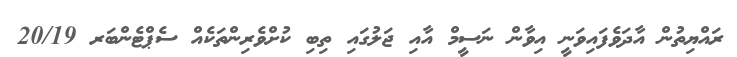
ރައްޔިތުން އާދަވެފައިވަނީ އިވާން ނަސީމް އާއި ޖަލުގައި ތިބި ކުށްވެރިންތަކެއް ސެޕްޓެންބަރ 20/19